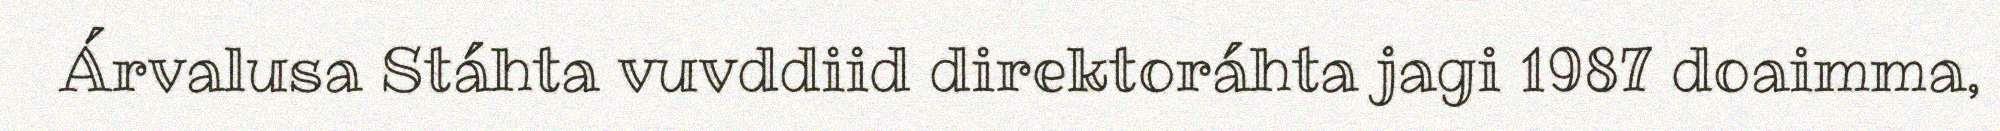
Árvalusa Stáhta vuvddiid direktoráhta jagi 1987 doaimma,